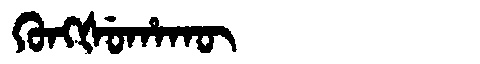
Manchu: ᡴᡠᠩᡧᡠᡥᠠᡴᡡ
Romanization: KUNGŠUHAKŪ